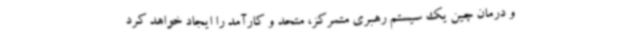
و درمان چین یک سیستم رهبری متمرکز، متحد و کارآمد را ایجاد خواهد کرد